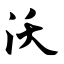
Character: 沃